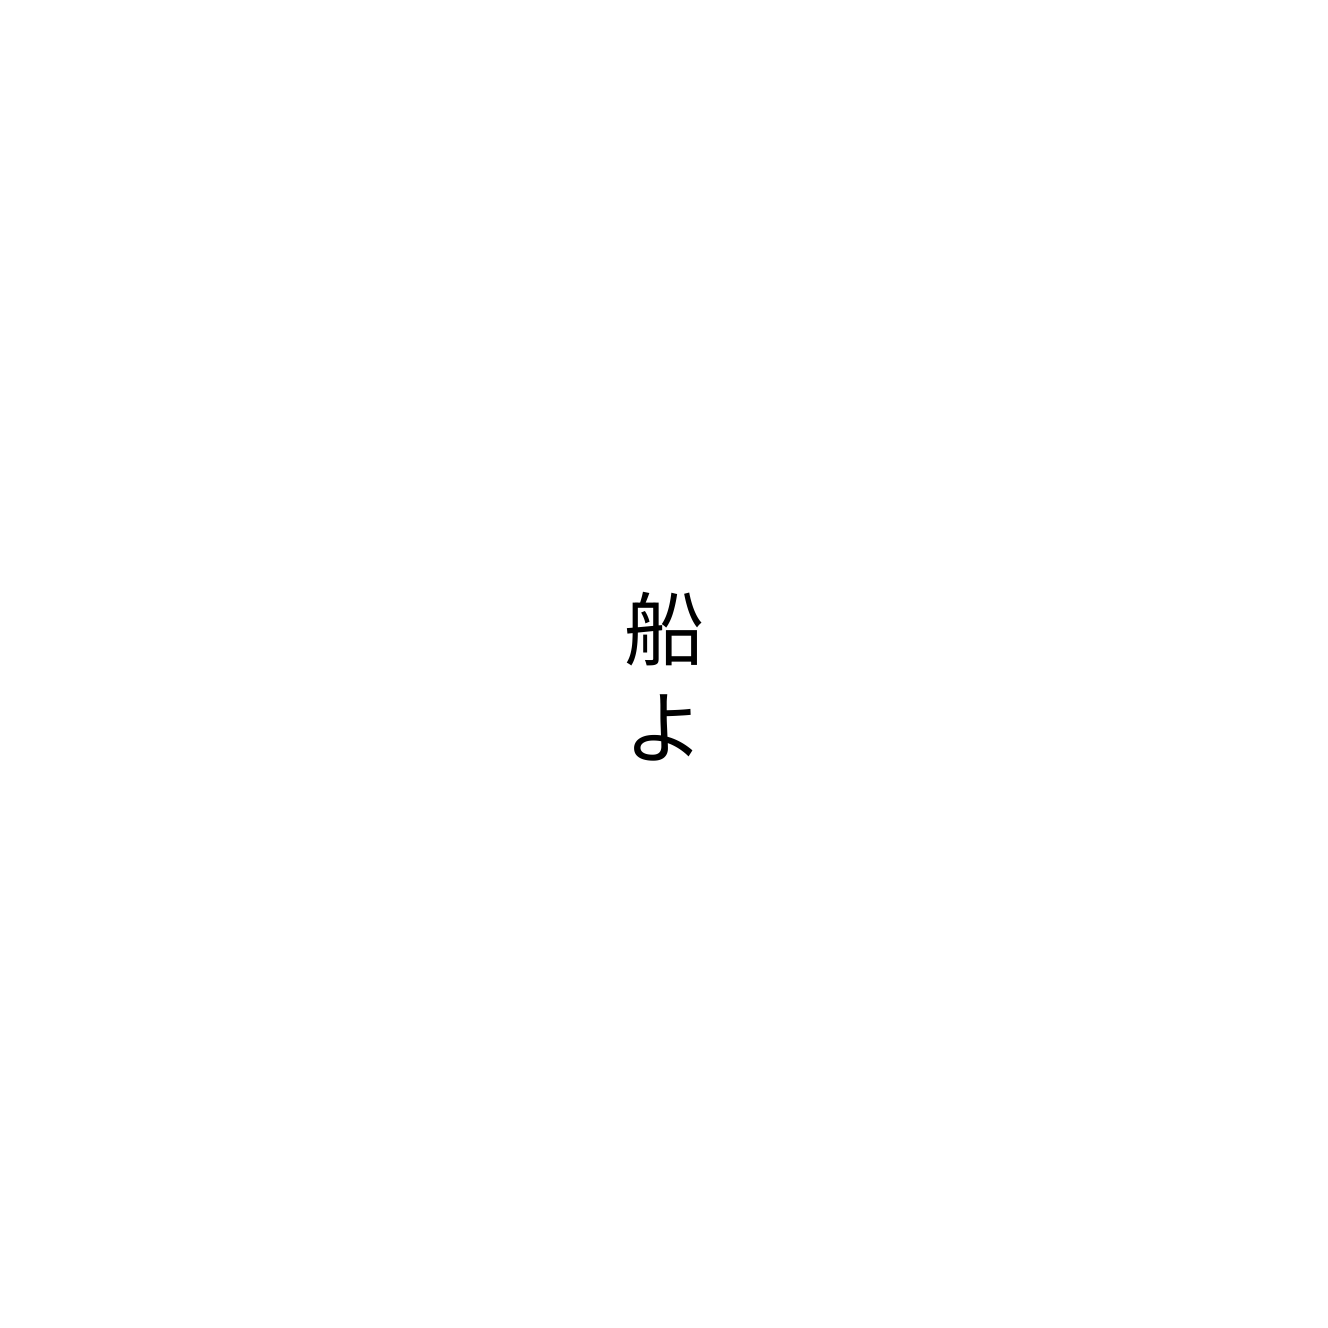
船よ